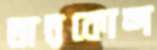
তারকোন্দ